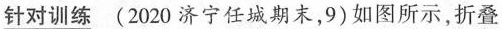
针对训练(2020济宁任城期末，9)如图所示，折叠